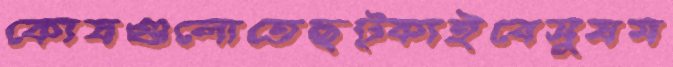
কোষগুলোতেছট্‌কাইবেসুষম